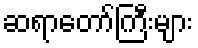
ဆရာတော်ကြီးများ